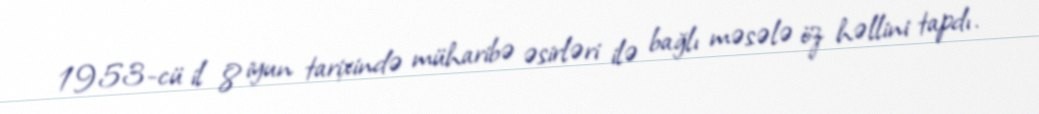
1953-cü il 8 iyun tarixində müharibə əsirləri ilə bağlı məsələ öz həllini tapdı.